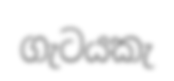
ගැටයකැ